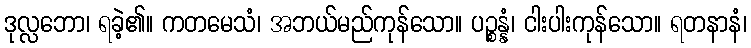
ဒုလ္လဘော၊ ရခဲ့၏။ ကတမေသံ၊ အဘယ်မည်ကုန်သော။ ပဉ္စန္နံ၊ ငါးပါးကုန်သော။ ရတနာနံ၊